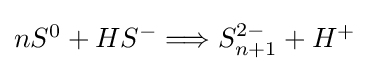
{\textstyle nS^{0}+HS^{-}\Longrightarrow S_{n+1}^{2-}+H^{+}}